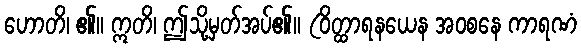
ဟောတိ၊ ၏။ ဣတိ၊ ဤသို့မှတ်အပ်၏။ (ဝိတ္ထာရနယေန အဝစနေ ကာရဏံ